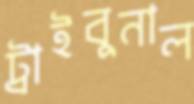
ট্রাইবুনাল